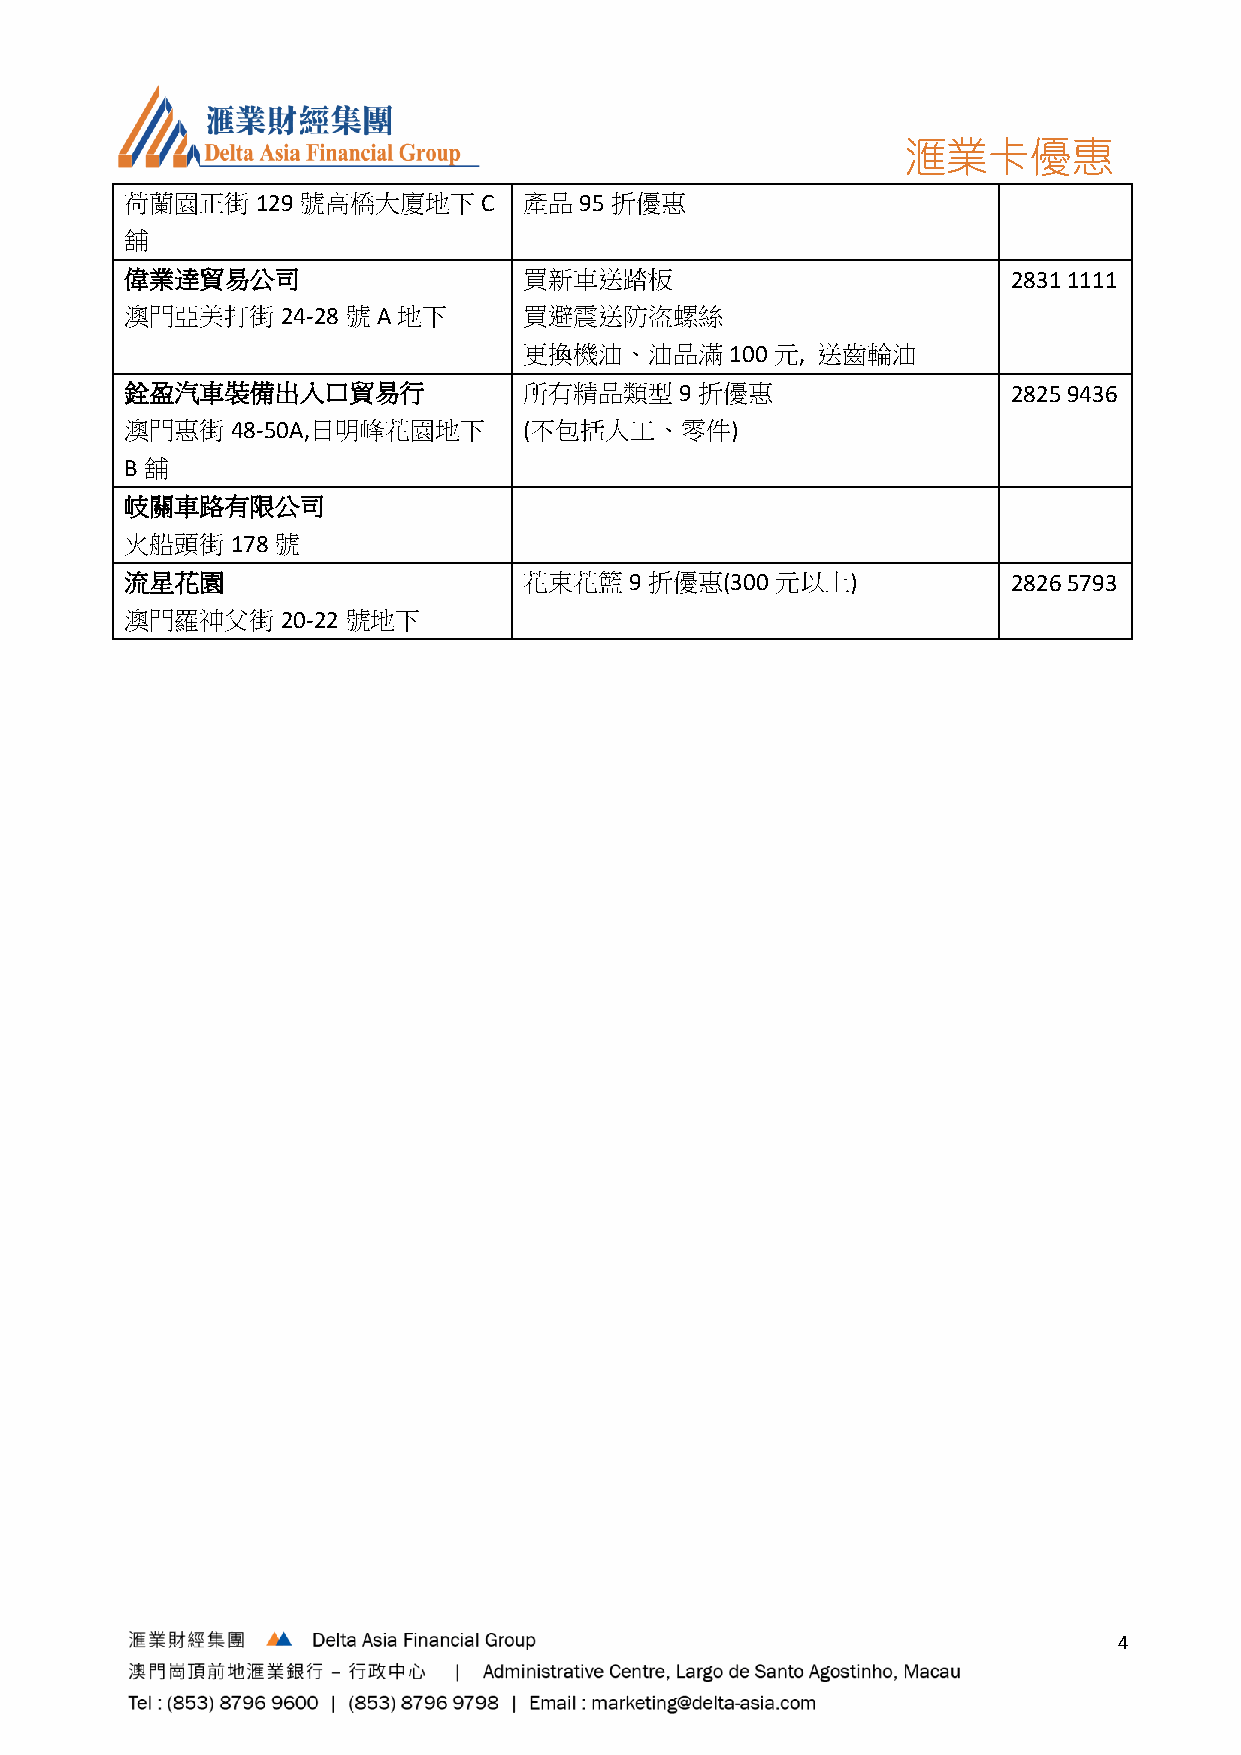
滙業卡優惠
 荷蘭園正街    129 號高橋大廈地下    C  產品95 折優惠
 舖
 偉業逹貿易公司                    買新車送踏板                          2831 1111
 澳門亞美打街     24-28 號A 地下     買避震送防盜螺絲
 更換機油、油品滿     100元, 送齒輪油
 銓盈汽車裝備出入口貿易行               所有精品類型    9 折優惠                 2825 9436
 澳門惠街   48-50A,日明峰花園地下      (不包括人工、零件)
 B舖
 岐關車路有限公司
 火船頭街   178 號
 流星花園                       花束花籃9   折優惠(300元以上)             2826 5793
 澳門羅神父街     20-22 號地下
 4